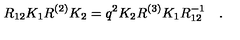
R _ { 1 2 } K _ { 1 } R ^ { ( 2 ) } K _ { 2 } = q ^ { 2 } K _ { 2 } R ^ { ( 3 ) } K _ { 1 } R _ { 1 2 } ^ { - 1 } \quad .